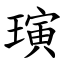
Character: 璌